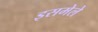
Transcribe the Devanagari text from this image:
इसमेले